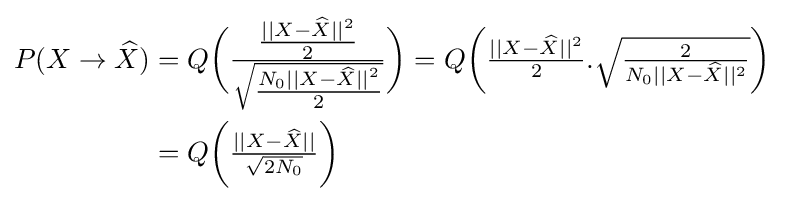
{\begin{aligned}P(X\to {\widehat {X}})&=Q{\bigg (}{\tfrac {\tfrac {||X-{\widehat {X}}||^{2}}{2}}{\sqrt {\tfrac {N_{0}||X-{\widehat {X}}||^{2}}{2}}}}{\bigg )}=Q{\bigg (}{\tfrac {||X-{\widehat {X}}||^{2}}{2}}.{\sqrt {\tfrac {2}{N_{0}||X-{\widehat {X}}||^{2}}}}{\bigg )}\\&=Q{\bigg (}{\tfrac {||X-{\widehat {X}}||}{\sqrt {2N_{0}}}}{\bigg )}\end{aligned}}